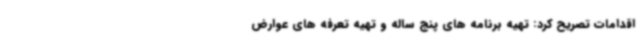
اقدامات تصریح کرد: تهیه برنامه های پنج ساله و تهیه تعرفه های عوارض